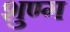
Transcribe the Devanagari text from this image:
शुण्ग